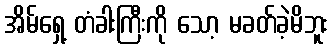
အိမ်ရှေ့ တံခါးကြီးကို သော့ မခတ်ခဲ့မိဘူး